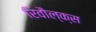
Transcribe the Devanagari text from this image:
रिवौल्क्स